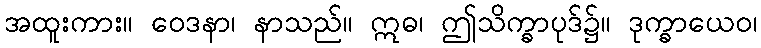
အထူးကား။ ဝေဒနာ၊ နာသည်။ ဣဓ၊ ဤသိက္ခာပုဒ်၌။ ဒုက္ခာယေဝ၊